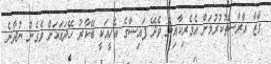
ގާޒާ އާރާސްތުކުރުމަށް އެމެރިކާއިން ވެދޭ ފައިސާގެ އެހީއަކީ ބޭކާރު ހޭދައަކަށް ވެގެން ނުދާނެ